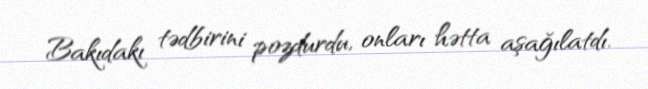
Bakıdakı tədbirini pozdurdu, onları hətta aşağılatdı.